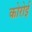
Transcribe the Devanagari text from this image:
कोरोई